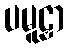
ပမူဠှာ